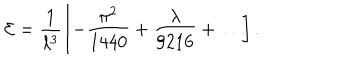
LaTeX: { \cal E } = \frac { 1 } { \ell ^ { 3 } } \left[ - \frac { \pi ^ { 2 } } { 1 4 4 0 } + \frac { \lambda } { 9 2 1 6 } + \ldots \right] .